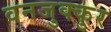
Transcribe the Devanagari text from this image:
वनजुक्कुर